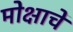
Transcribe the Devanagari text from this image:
मोक्षाचें